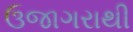
ઉજાગરાથી